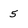
Character: 5